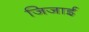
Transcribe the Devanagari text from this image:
जिजाई